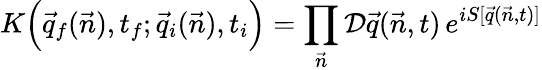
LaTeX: K\Big(\vec{q}_{f}(\vec{n}),t_{f};\vec{q}_{i}(\vec{n}),t_{i}\Big)=\prod_{\vec{n}}{\cal D}\vec{q}(\vec{n},t)\, e^{iS[\vec{q}(\vec{n},t)]}